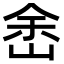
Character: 峹